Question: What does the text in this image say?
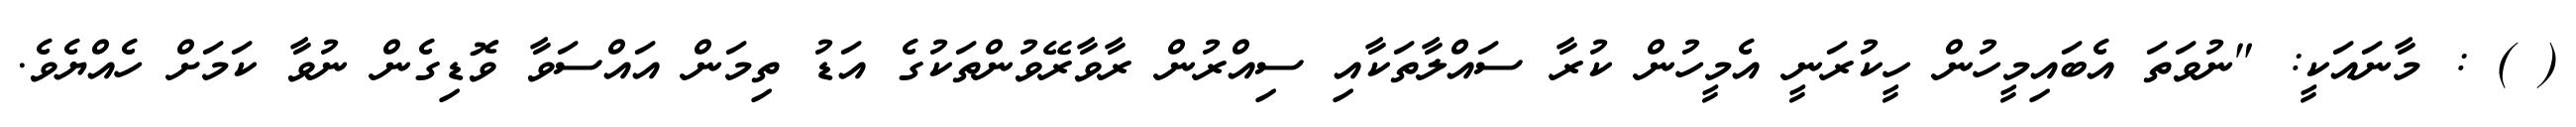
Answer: ( ) : މާނައަކީ: "ނުވަތަ އެބައިމީހުން ހީކުރަނީ އެމީހުން ކުރާ ސައްލާތަކާއި ސިއްރުން ރާވާރޭވުންތަކުގެ އަޑު ތިމަން އައްސަވާ ވޮޑިގެން ނުވާ ކަމަށް ހެއްޔެވެ.